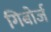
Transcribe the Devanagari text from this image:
गिबोर्ज